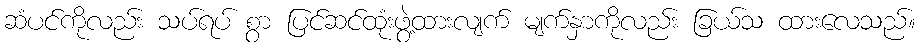
ဆံပင်ကိုလည်း သပ်ရပ် စွာ ပြင်ဆင်ထုံးဖွဲ့ထားလျက် မျက်နှာကိုလည်း ခြယ်သ ထားလေသည်။